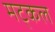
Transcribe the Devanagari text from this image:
मट्कल